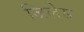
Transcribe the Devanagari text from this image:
जिलेस